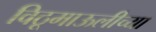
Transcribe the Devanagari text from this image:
विठूमाऊलीच्या